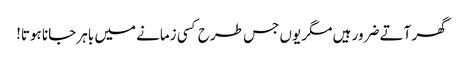
گھر آتے ضرور ہیں مگر یوں جس طرح کسی زمانے میں باہر جانا ہوتا!